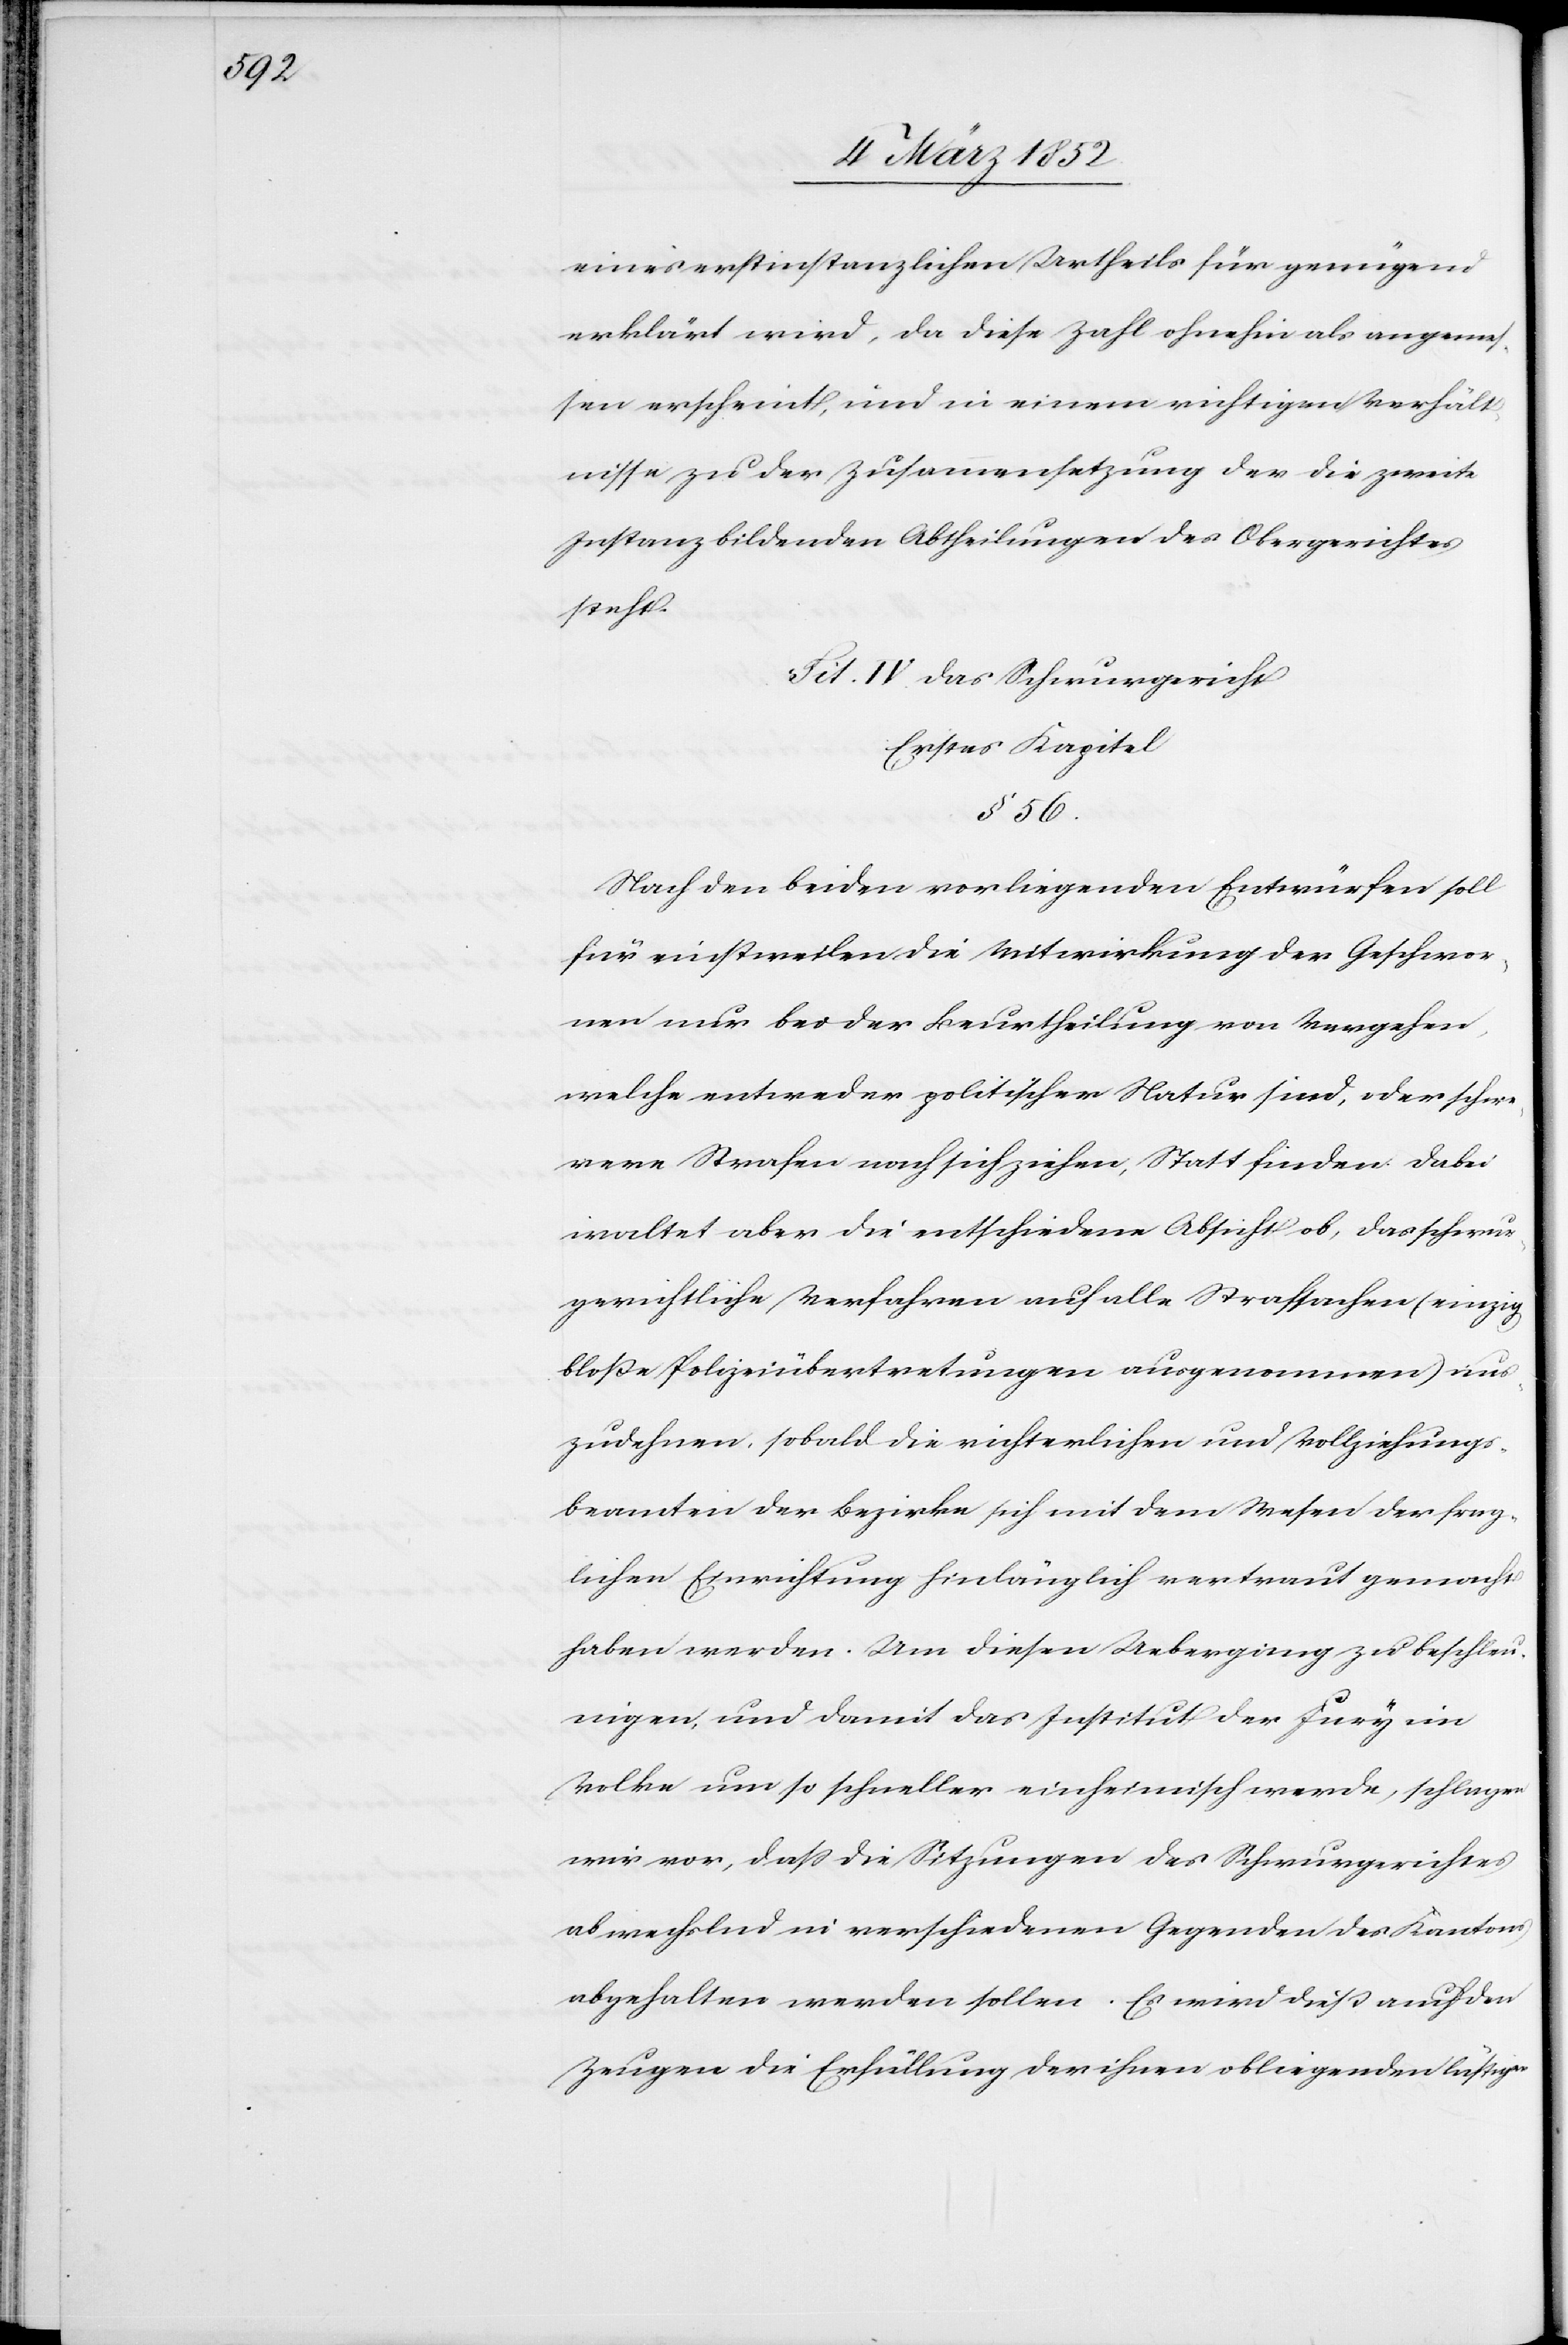
eines erstinstanzlichen Urtheils für genügend
erklärt wird, da diese Zahl ohnehin als angemes¬
sen erscheint, und in einem richtigen Verhält¬
nisse zu der Zusammensetzung der die zweite
Instanz bildenden Abtheilungen des Obergerichtes
steht.
Tit. IV. Das Schwurgericht
Erstes Kapitel
§ 56.
Nach den beiden vorliegenden Entwürfen soll
für einstweilen die Mitwirkung der Geschwor¬
nen nur bei der Beurtheilung von Vergehen,
welche entweder politischer Natur sind, oder schwe¬
rere Strafen nach sich ziehen, Statt finden dabei
waltet aber die entschiedene Absicht ob, das schwur¬
gerichtliche Verfahren auf alle Strafsachen (einzig
bloße Polizeiübertretungen ausgenommen) aus¬
zudehnen, sobald die richterlichen und Vollziehungs¬
beamten der Bezirke sich mit dem Wesen der frag¬
lichen Einrichtung hinlänglich vertraut gemacht
haben werden. Um diesen Uebergang zu beschleu¬
nigen, und damit das Institut der Jury im
Volke um so schneller einheimisch werde, schlagen
wir vor, daß die Sitzungen des Schwurgerichtes
abwechselnd in verschiedenen Gegenden des Kantons
abgehalten werden sollen. Es wird dieß auch den
Zeugen die Erfüllung der ihnen obliegenden lästigen